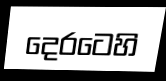
දෙරටෙහි